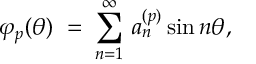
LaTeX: \varphi _ { p } ( \theta ) \; = \; \sum _ { n = 1 } ^ { \infty } \, a _ { n } ^ { ( p ) } \sin { n \theta } ,